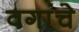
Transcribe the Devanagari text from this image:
वगांचे